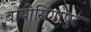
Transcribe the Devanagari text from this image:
बायोसिंगापुर